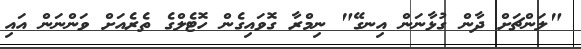
"ލަންޗަށް ދާން ގުޅާނަން އިނގޭ" ނިމްރާ ގޮވައިގެން ހޮޓެލްގެ ތެރެއަށް ވަންނަން އައި